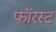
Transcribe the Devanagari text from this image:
फॉरस्ट